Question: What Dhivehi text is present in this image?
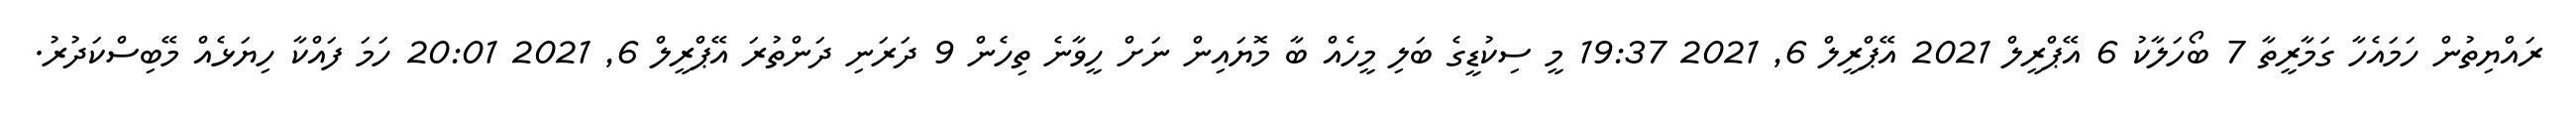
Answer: ރައްޔިތުން ހަމައެހާ ގަމާރީތާ 7 ބޯހަލާކު 6 އޭޕްރީލް 2021 އޭޕްރީލް 6, 2021 19:37 މީ ސިކުޑީގެ ބަލި މީހެއް ބާ މޮޔައިން ނަށް ހީވާނެ ތިހެން 9 ދަރަނި ދަންތުރަ އޭޕްރީލް 6, 2021 20:01 ހަމަ ފައްކާ ހިޔަޅެއް މޭބިސްކަދުރު.